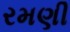
રમણી